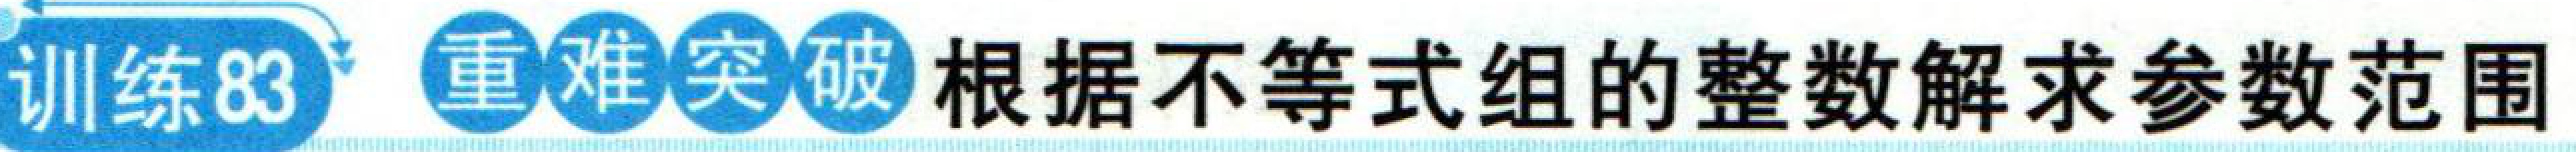
训练83  重难突破 根据不等式组的整数解求参数范围